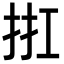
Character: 𢬀